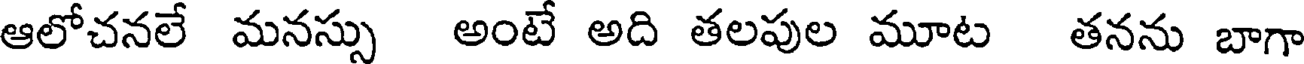
ఆలోచనలే మనస్సు అంటే అది తలపుల మూట తనను బాగా